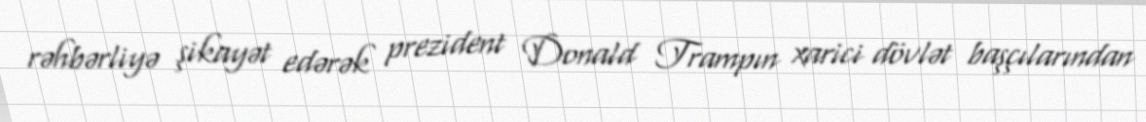
rəhbərliyə şikayət edərək prezident Donald Trampın xarici dövlət başçılarından